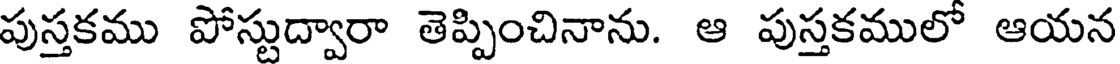
పుస్తకము పోస్టుద్వారా తెప్పించినాను. ఆ పుస్తకములో ఆయన